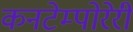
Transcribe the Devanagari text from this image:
कनटेम्पोरेरी